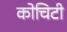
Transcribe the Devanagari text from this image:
कोचिटी